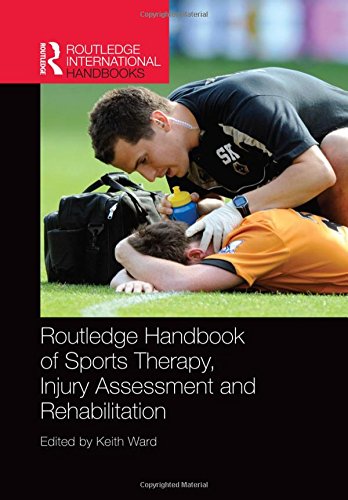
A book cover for Routledge Handbook of Sports Therapy, Injury Assessment and Rehabilitation (Routledge International Handbooks); Health, Fitness & Dieting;